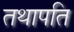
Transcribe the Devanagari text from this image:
तथापति